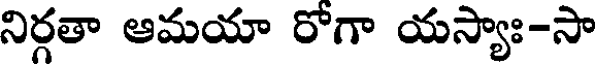
నిర్గతా ఆమయా రోగా యస్యాః-సా